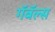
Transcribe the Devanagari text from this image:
गॅबॅल्स